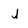
Character: j